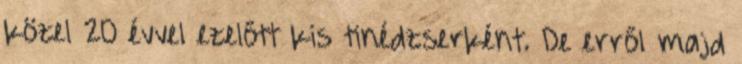
közel 20 évvel ezelőtt kis tinédzserként. De erről majd